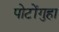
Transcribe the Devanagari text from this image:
पोटोंगुहा